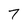
Character: 7